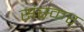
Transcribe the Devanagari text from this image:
संस्कर